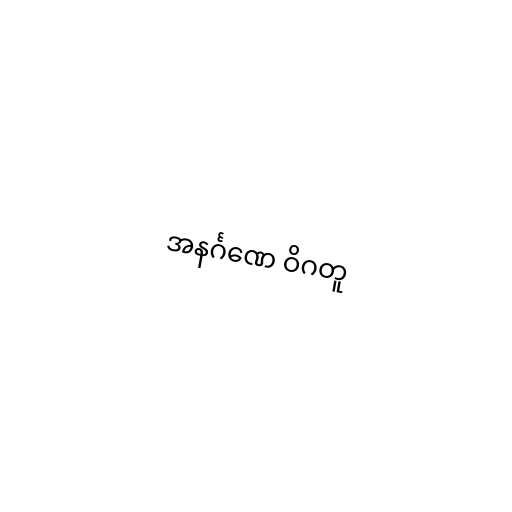
အနင်္ဂဏေ ဝိဂတူ